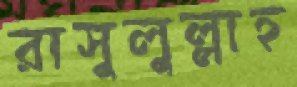
রাসুলুল্লাহ